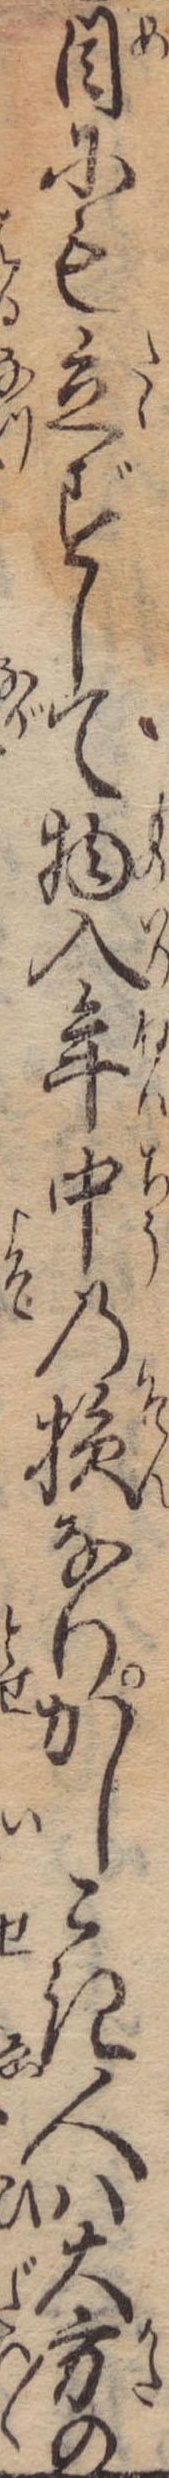
目にも立ずして物入年中の損なりかしこき人は大方の